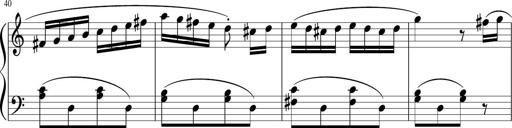
Title: 3 Sonatinen
Composer: Heinrich Lichner